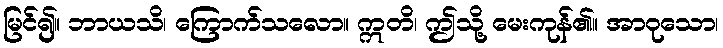
မြင်၍။ ဘာယသိ၊ ကြောက်သလော။ ဣတိ၊ ဤသို့ မေးကုန်၏။ အာဝုသော၊